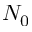
N _ { 0 }